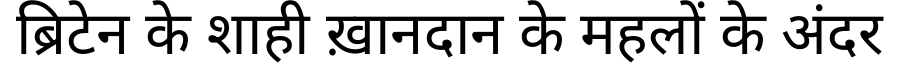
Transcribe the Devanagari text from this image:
ब्रिटेन के शाही ख़ानदान के महलों के अंदर